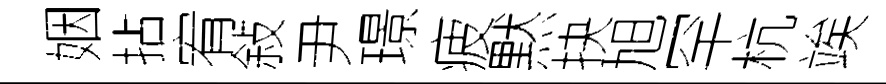
姻拈宥敍尹璟疲黙抉旭罕杭竢